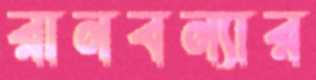
রানবন্যার